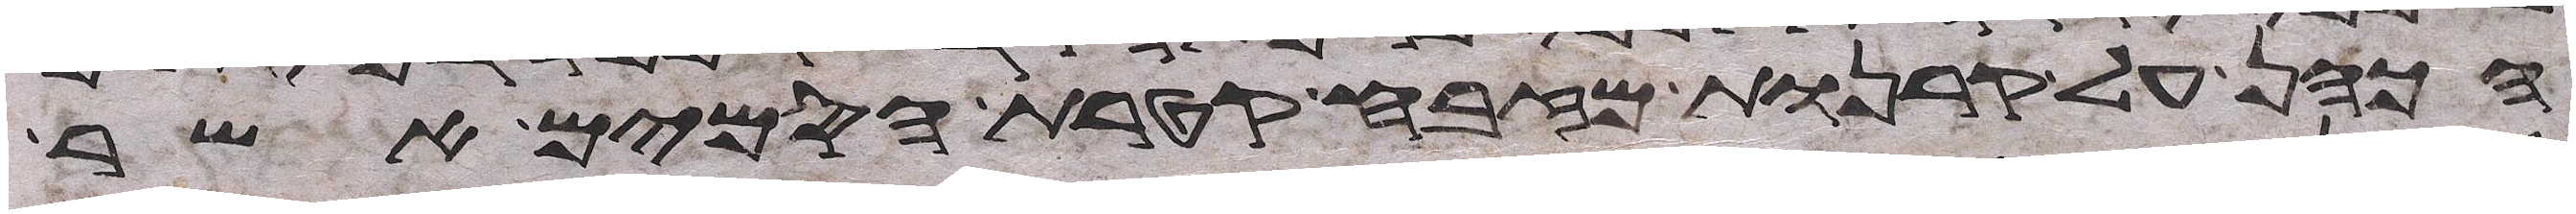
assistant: הכהן על קרנות המזבח קטרת הסמים אשר